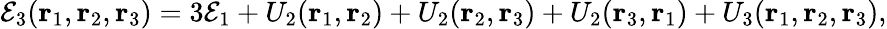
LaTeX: \mathcal{E}_{3}(\mathbf{{r}}_{1},\mathbf{{r}}_{2},\mathbf{{r}}_{3})=3\mathcal{E}_{1}+U_{2}(\mathbf{{r}}_{1},\mathbf{{r}}_{2})+U_{2}(\mathbf{{r}}_{2},\mathbf{{r}}_{3})+U_{2}(\mathbf{{r}}_{3},\mathbf{{r}}_{1})+U_{3}(\mathbf{{r}}_{1},\mathbf{{r}}_{2},\mathbf{{r}}_{3}),